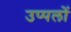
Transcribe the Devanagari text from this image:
उप्पलों